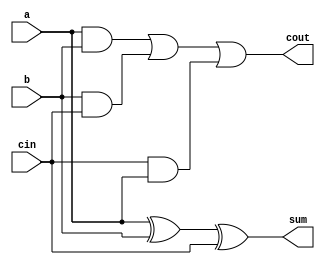
`timescale 1ns / 1ps
//////////////////////////////////////////////////////////////////////////////////
// Company: 
// Engineer: 
// 
// Design Name: 
// Module Name: full_adder
// Project Name: 
// Target Devices: 
// Tool Versions: 
// Description: 
// 
// Dependencies: 
// 
// Revision:
// Revision 0.01 - File Created
// Additional Comments:
// 
//////////////////////////////////////////////////////////////////////////////////


module full_adder(
    input a,
    input b,
    input cin,
    output sum,
    output cout
    );
    wire [2:0]r;
    xor x1(sum,a,b,cin);
    and a1(r[0],a,b);
    and a2(r[1],b,cin);
    and a3(r[2],cin,a);
    or o1(cout,r[0],r[1],r[2]);
    
endmodule